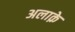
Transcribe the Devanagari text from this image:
अलाक़े